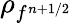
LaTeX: \rho_{f^{n+1/2}}